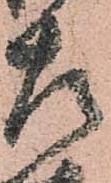
左